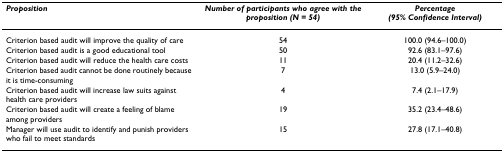
<table><thead><tr><td><b><i>Proposition</i></b></td><td><b><i>Number of participants who agree with the proposition (N = 54)</i></b></td><td><b><i>Percentage (95% Confidence Interval)</i></b></td></tr></thead><tbody><tr><td>Criterion based audit will improve the quality of care</td><td>54</td><td>100.0 (94.6–100.0)</td></tr><tr><td>Criterion based audit is a good educational tool</td><td>50</td><td>92.6 (83.1–97.6)</td></tr><tr><td>Criterion based audit will reduce the health care costs</td><td>11</td><td>20.4 (11.2–32.6)</td></tr><tr><td>Criterion based audit cannot be done routinely because it is time-consuming</td><td>7</td><td>13.0 (5.9–24.0)</td></tr><tr><td>Criterion based audit will increase law suits against health care providers</td><td>4</td><td>7.4 (2.1–17.9)</td></tr><tr><td>Criterion based audit will create a feeling of blame among providers</td><td>19</td><td>35.2 (23.4–48.6)</td></tr><tr><td>Manager will use audit to identify and punish providers who fail to meet standards</td><td>15</td><td>27.8 (17.1–40.8)</td></tr></tbody></table>